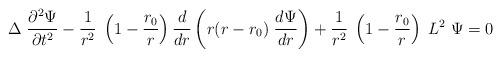
LaTeX: \begin{align*}\Delta\; {\partial^2\Psi\over \partial t^2} - {1\over r^2} \; \left(1-{r_0\over r}\right){d\over dr} \left( r(r-r_0)\; {d\Psi\over dr} \right) + {1\over r^2}\; \left(1-{r_0\over r}\right)\; L^2\;\Psi =0\end{align*}